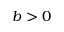
b > 0